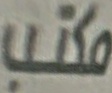
مكتب